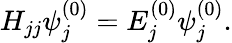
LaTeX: H_{jj}\psi_{j}^{(0)}=E_{j}^{(0)}\psi_{j}^{(0)}.